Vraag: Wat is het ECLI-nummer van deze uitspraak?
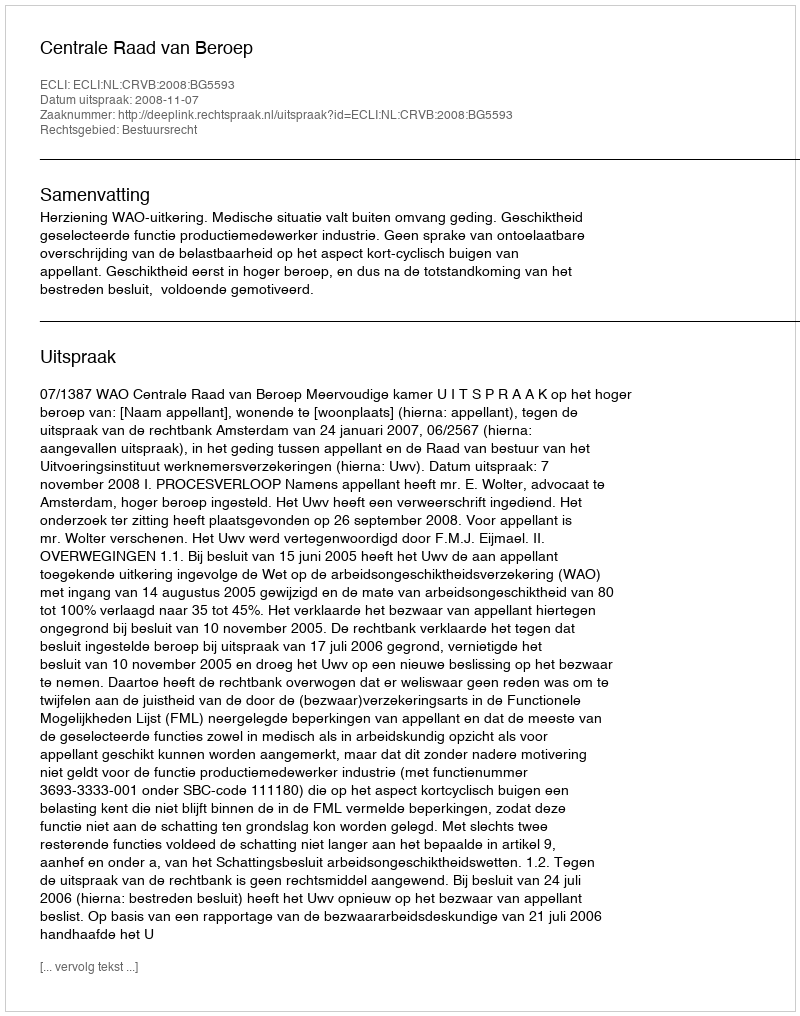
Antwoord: ECLI:NL:CRVB:2008:BG5593